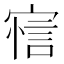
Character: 𰍖